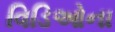
વિડિઓના